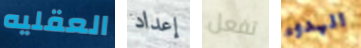
العقليه إعداد تفعل الهدوء